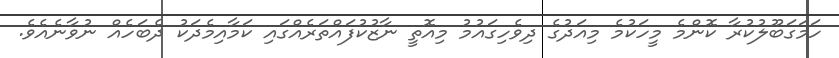
ހަމަގަބޫލުކުރާ ކޮންމެ މީހަކުމެ މިއަދުގެ ދިވެހިގައުމު މިއޮތީ ނާޒުކުފައްތަރެއްގައި ކަމާއިމެދަކު ދެބަހެއް ނުވާނެއެވެ.